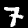
Label: 7